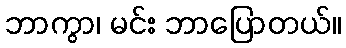
ဘာကွာ၊ မင်း ဘာပြောတယ်။